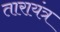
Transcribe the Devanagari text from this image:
तारायंत्र